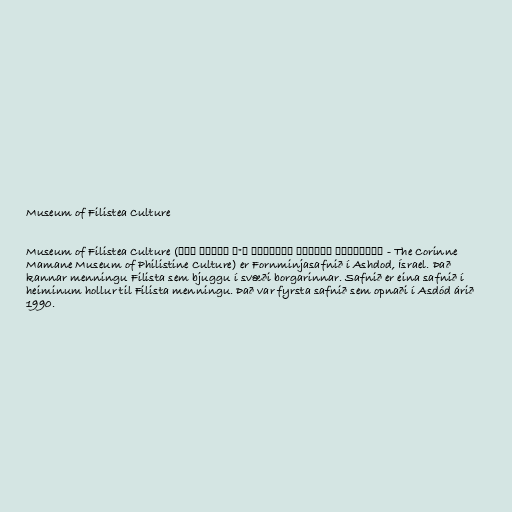
Museum of Filistea Culture

Museum of Filistea Culture (המוזיאון לתרבות הפלשתים ע"ש קורין ממן - The Corinne
Mamane Museum of Philistine Culture) er Fornminjasafnið í Ashdod, Ísrael. Það
kannar menningu Filista sem bjuggu í svæði borgarinnar. Safnið er eina safnið í
heiminum hollur til Filista menningu. Það var fyrsta safnið sem opnaði í Asdód árið
1990.